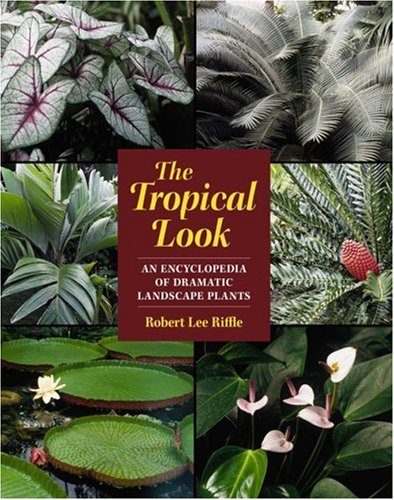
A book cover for The Tropical Look: An Encyclopedia of Dramatic Landscape Plants; Robert L. Riffle; Crafts, Hobbies & Home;